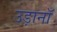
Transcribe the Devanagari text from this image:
उड़ानॉ